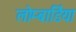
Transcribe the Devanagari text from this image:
लोम्बार्डिया